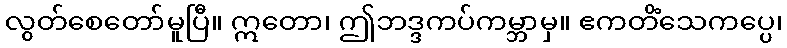
လွတ်စေတော်မူပြီ။ ဣတော၊ ဤဘဒ္ဒကပ်ကမ္ဘာမှ။ ဧကတိံသေကပ္ပေ၊